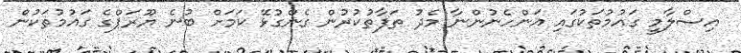
އިސްލާމީ ގައުމުތަކުގައި އަންހެނުންނާ މެދު ތަފާތުކުރުން ގެންގުޅޭ ކަމަށް ބުނެ ޔޫރަޕްގެ ގައުމުތަކުން